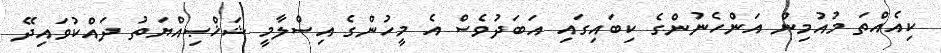
ކިއެއްތަ މުއުމިން އަންހެނުންގެ ކިބައިގައި އަބަދުވެސް އެ މީހުންގެ އިސްލާމީ ޝަޚްޞިއްޔަތު ދައްކުވައިދޭ